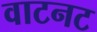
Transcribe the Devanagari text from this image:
वाटनट